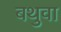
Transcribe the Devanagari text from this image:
बथुवा